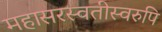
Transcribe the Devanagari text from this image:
महासरस्वतीस्वरुपि